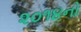
૨૦૧૪નો